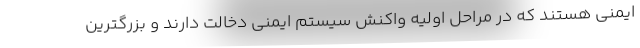
ایمنی هستند که در مراحل اولیه واکنش سیستم ایمنی دخالت دارند و بزرگترین